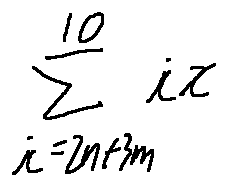
\sum \limits _ { i = 2 n + 3 m } ^ { 1 0 } i x